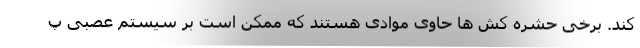
کند. برخی حشره کش ها حاوی موادی هستند که ممکن است بر سیستم عصبی پ